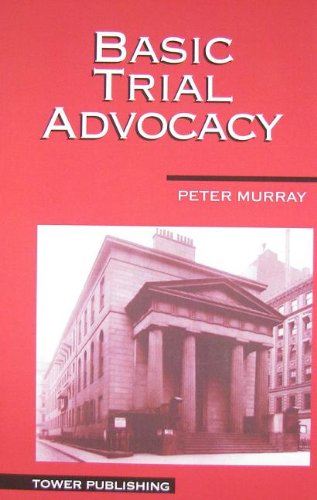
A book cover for Basic Trial Advocacy; Peter L. Murray; Law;